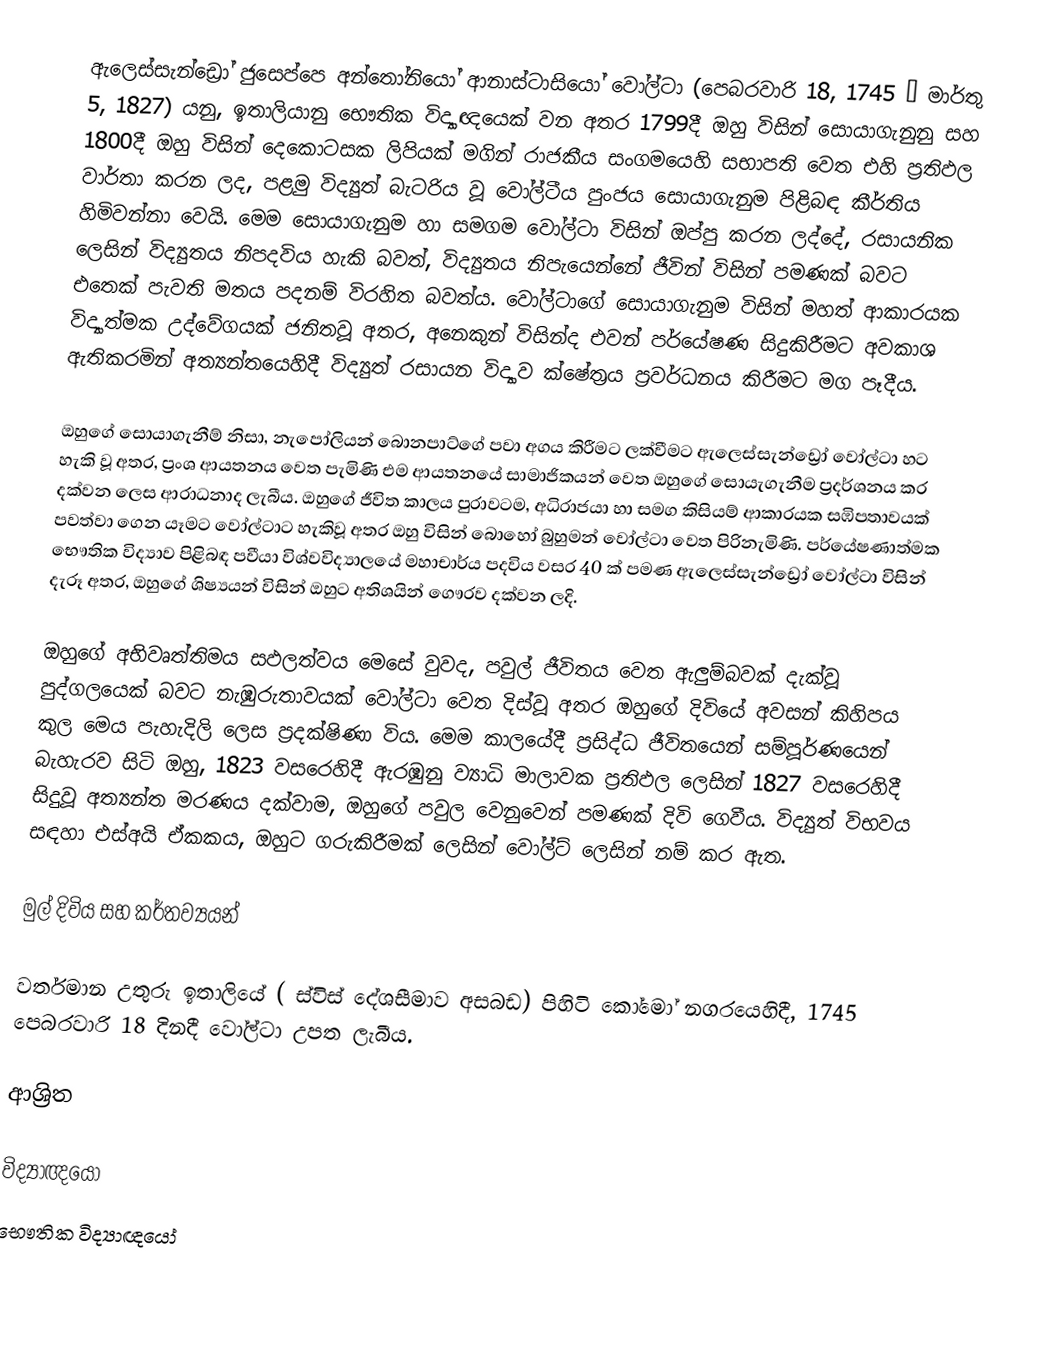
ඇලෙස්සැන්ඩ්‍රෝ ජුසෙප්පෙ අන්තෝනියෝ ආනාස්ටාසියෝ වෝල්ටා  (පෙබරවාරි 18, 1745 – මාර්තු  5, 1827) යනු,  ඉතාලියානු භෞතික විද්‍යාඥයෙක් වන අතර  1799දී ඔහු විසින් සොයාගැනුනු සහ 1800දී ඔහු විසින් දෙකොටසක ලිපියක් මගින් රාජකීය සංගමයෙහි සභාපති වෙත එහි ප්‍රතිඵල වාර්තා කරන ලද, පළමු විද්‍යුත් බැටරිය වූ වෝල්ටීය පුංජය සොයාගැනුම පිළිබඳ කීර්තිය හිමිවන්නා වෙයි.  මෙම සොයාගැනුම හා සමගම වෝල්ටා විසින් ඔප්පු කරන ලද්දේ, රසායනික ලෙසින් විද්‍යුතය නිපදවිය හැකි බවත්, විද්‍යුතය නිපැයෙන්නේ ජීවින් විසින් පමණක් බවට එතෙක් පැවති මතය පදනම් විරහිත බවත්ය. වෝල්ටාගේ සොයාගැනුම විසින් මහත් ආකාරයක විද්‍යාත්මක උද්වේගයක් ජනිතවූ අතර, අනෙකුන් විසින්ද එවන් පර්යේෂණ සිදුකිරීමට අවකාශ ඇතිකරමින් අත්‍යන්තයෙහිදී විද්‍යුත් රසායන විද්‍යාව ක්ෂේත්‍රය ප්‍රවර්ධනය කිරීමට මග පෑදීය.

ඔහුගේ සොයාගැනීම් නිසා, නැපෝලියන් බොනපාට්ගේ පවා අගය කිරීමට ලක්වීමට ඇලෙස්සැන්ඩ්‍රෝ වෝල්ටා හට හැකි වූ අතර,  ප්‍රංශ ආයතනය වෙත පැමිණි එම ආයතනයේ සාමාජිකයන් වෙත ඔහුගේ සොයැගැනීම ප්‍රදර්ශනය කර දක්වන ලෙස ආරාධනාද ලැබීය. ඔහුගේ ජීවිත කාලය පුරාවටම, අධිරාජයා හා සමග කිසියම් ආකාරයක සඹිපතාවයක් පවත්වා ගෙන යෑමට වෝල්ටාට හැකිවූ අතර ඔහු විසින් බොහෝ බුහුමන් වෝල්ටා වෙත පිරිනැමිණි.  පර්යේෂණාත්මක භෞතික විද්‍යාව පිළිබඳ  පවීයා විශ්වවිද්‍යාලයේ මහාචාර්ය පදවිය වසර 40 ක් පමණ  ඇලෙස්සැන්ඩ්‍රෝ වෝල්ටා  විසින් දැරූ අතර, ඔහුගේ ශිෂ්‍යයන් විසින් ඔහුට අතිශයින් ගෞරව දක්වන ලදි.

ඔහුගේ අභිවෘත්තිමය සඵලත්වය මෙසේ වුවද, පවුල් ජීවිතය වෙත ඇලුම්බවක් දැක්වූ පුද්ගලයෙක් බවට නැඹුරුතාවයක් වෝල්ටා වෙත දිස්වූ අතර ඔහුගේ දිවියේ අවසන් කිහිපය කුල මෙය පැහැදිලි ලෙස ප්‍රදක්ෂිණා විය. මෙම කාලයේදී ප්‍රසිද්ධ ජීවිතයෙන් සම්පූර්ණයෙන් බැහැරව සිටි ඔහු,  1823 වසරෙහිදී ඇරඹුනු ව්‍යාධි මාලාවක ප්‍රතිඵල ලෙසින් 1827 වසරෙහිදී සිදුවූ අත්‍යන්ත මරණය දක්වාම,  ඔහුගේ පවුල වෙනුවෙන් පමණක් දිවි ගෙවීය. විද්‍යුත් විභවය සඳහා එස්අයි ඒකකය, ඔහුට ගරුකිරීමක් ලෙසින්  වෝල්ට් ලෙසින් නම් කර ඇත.

මුල් දිවිය සහ කර්තව්‍යයන්

වර්තමාන උතුරු ඉතාලියේ ( ස්විස් දේශසීමාව අසබඩ)  පිහිටි කෝමෝ නගරයෙහිදී,  1745 පෙබරවාරි 18 දිනදී වෝල්ටා උපත ලැබීය.

ආශ්‍රිත

විද්‍යාඥයෝ
භෞතික විද්‍යාඥයෝ